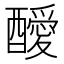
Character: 𨣥